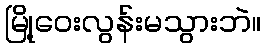
မြို့ဝေးလွန်းမသွားဘဲ။